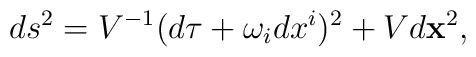
ds^2= V^{-1} (d\tau + \omega_i dx^i)^2 + V d{\bf x}^2,